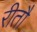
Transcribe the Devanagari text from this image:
रीतौ